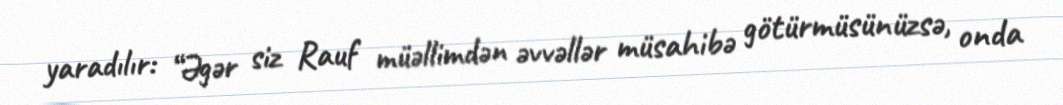
yaradılır: “Əgər siz Rauf müəllimdən əvvəllər müsahibə götürmüsünüzsə, onda